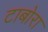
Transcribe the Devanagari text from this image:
टाबोरा